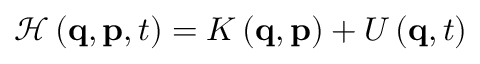
\mathcal { H } \left( \mathbf { q } , \mathbf { p } , t \right) = K \left( \mathbf { q } , \mathbf { p } \right) + U \left( \mathbf { q } , t \right)